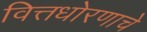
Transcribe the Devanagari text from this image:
वित्तधोरणाचे